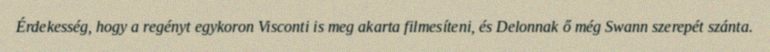
Érdekesség, hogy a regényt egykoron Visconti is meg akarta filmesíteni, és Delonnak ő még Swann szerepét szánta.